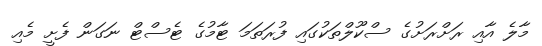
މާލެ އާއި ރަށްރަށުގެ ސްކޫލްތަކުގައި ފުރަތަމަ ޓާމުގެ ޓެސްޓް ނަގަން ފެށީ މެއި